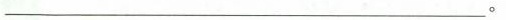
_____________________。